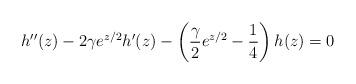
LaTeX: \begin{align*} h''(z)-2\gamma e^{z/2}h'(z)-\left(\frac{\gamma}{2}e^{z/2}-\frac{1}{4}\right) h(z)=0\end{align*}